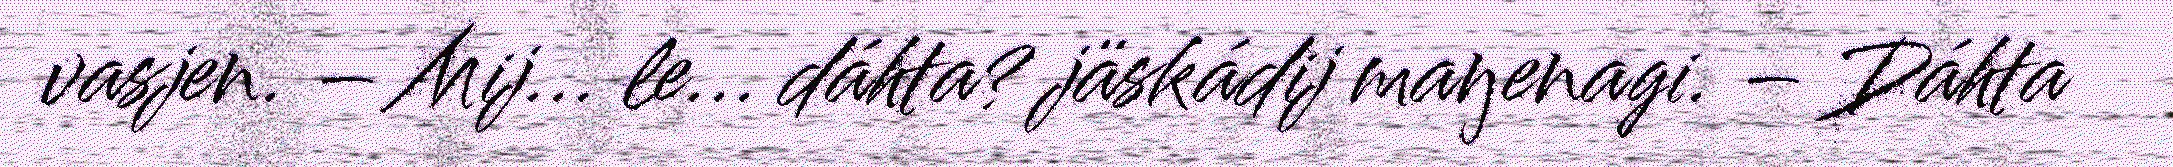
vasjen. – Mij... le... dáhta? jäskádij maŋenagi. – Dáhta